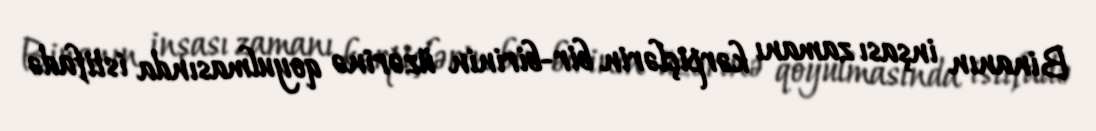
Binanın inşası zamanı kərpiçlərin bir-birinin üzərinə qoyulmasında istifadə